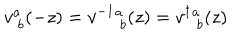
v _ { ~ b } ^ { a } ( - z ) = v ^ { - 1 } { } _ { ~ b } ^ { a } ( z ) = v ^ { \dagger } { } _ { ~ b } ^ { a } ( z )